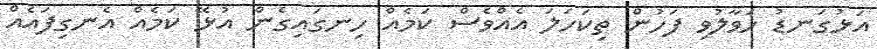
އަޅުގަނޑު ހަވާލުވި ފަހުން ތިކަހަލަ އެއްވެސް ކަމެއް ހިނގައިގެން އުޅޭ ކަމެއް އެނގިފައެއް